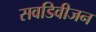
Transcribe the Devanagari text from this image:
सवडिवीजन